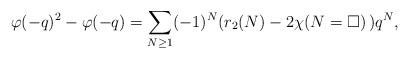
LaTeX: \begin{align*}\varphi(-q)^2 - \varphi(-q) = \sum_{N\geq 1} (-1)^N ( r_2(N) - 2\chi(N=\square)\, )q^N, \end{align*}